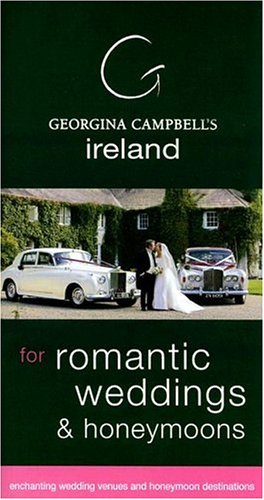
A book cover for Georgina Campbell's Ireland: For Romantic Weddings & Honeymoons (Georgina Campbell Guide); Crafts, Hobbies & Home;